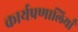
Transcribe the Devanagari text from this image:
कार्यप्रणालियाँ